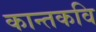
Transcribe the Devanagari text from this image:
कान्तकवि